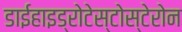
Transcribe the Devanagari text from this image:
डाईहाइड्रोटेस्टोस्टेरोन